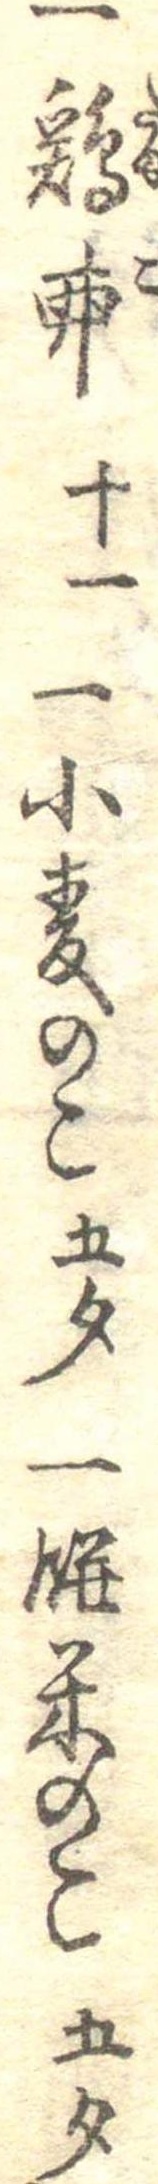
一鶏卵十一一小麦のこ五勺一餅米のこ五勺